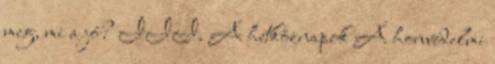
meg, mi a jó? III. A hétköznapok A honvédelmi